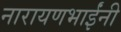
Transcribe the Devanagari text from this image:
नारायणभाईंनी